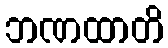
ဘဏထာတိ